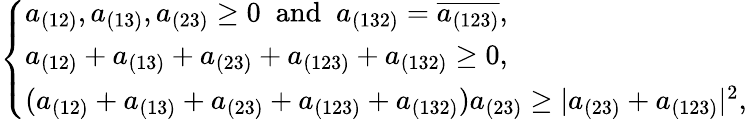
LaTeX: \left\{ \begin{array}{ll}{a_{(12)},a_{(13)},a_{(23)}\geq 0\; \mathrm{~and~}\; a_{(132)}=\overline{{a_{(123)}}},}\\ {a_{(12)}+a_{(13)}+a_{(23)}+a_{(123)}+a_{(132)}\geq 0,}\\ {(a_{(12)}+a_{(13)}+a_{(23)}+a_{(123)}+a_{(132)})a_{(23)}\geq|a_{(23)}+a_{(123)}|^{2},}\end{array}\right.